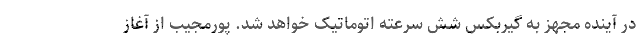
در آینده مجهز به گیربکس شش سرعته اتوماتیک خواهد شد. پورمجیب از آغاز